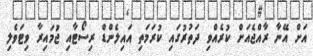
އަށް އޭނާ ރާއްޖެއަށް ކުރެއްވި ދަތުރުގައި ކުރަމަތި އައިލެންޑް ރިސޯޓާއި ޖުމައިރާ ވިޓަވެލި